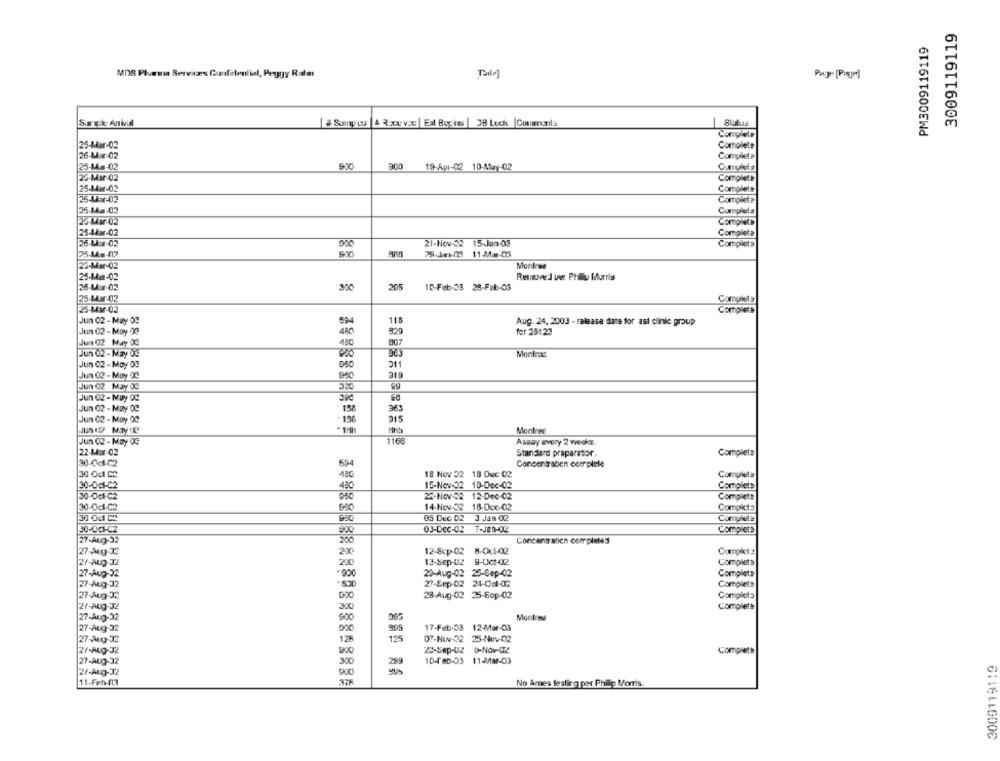
3009119119
PM3009119119
MDS Pluessa Serviræs Confidential, Peggy Ratm
Tale]
Surck: Arrival
Smpes |4 RxeVse| Ext Bogies | 38 Luck |Comments
Completo
25-Mar-02
Complete
26-Mar-02
Complete
25-M.a-02
900
800
19-Apr-02 10-May-02
20-Mar-02
Complete
25-Mar-02
Complete
25-Mar-02
Completa
25-Ma-02
Completa
20-Mar 02
Completo
25-Mar-02
Completo
26-Mor-02
21-Nov-32 15-Jan-03
Completa
25-Ms-017
ARR
79-bm-0 11-M =- 03
23-Mar-02
Montres
25-Mam-02
Rinsed per Philly Murriss
26-Mar-02
300
205
10-Feb-33 28-Feb-03
25-Mar-02
Completa
25-Mar-02
Completa
Jun 02 - May Og
59
118
Aug. 24, 2003 - release date for ast clinic group
Jun 02 -May 00
43C
329
fer 25129
Jun 02 May OG
007
Jun 02 -May De
Montraa
Jun 02 -May OF
Jun 02 -May OC
319
Jun 02 May 0℃
320
89
Jun 02 -May 0℃
Jun 02 - May OC
158
363
Jun 02 - May 00
215
196
Montree
Jun 02-May 0℃
888888888888
1168
Assay every 2 weakc.
Standard praparatior.
Complete
594
Concentratien complete
18 Nov 32 18 Duc 02
Completa
30-Oct-C2
43C
15-Nov-32 10-Dec-02
Complets
30-Oct-C2
24-Nov-02 12-Dec-02
Complete
30-0cl-C2
14-Nov-32 18-Dcc-02
05 Dec 02
3 Jan 02
Completa
30-CCI-C2
03-DEC-02
T-Jen-Og
Complete
27-Aug-32
200
Concentration completed
27-Aug-32
12-8cp-02 8-01-02
Cumplet2
27-Aug-32
200
13-Sep-02 9-Uct-02
Complete
27-Aug-32
900
20-Aug-02 25-Sep-02
Completa
27-Aug-32
27-Sep-02 24-001-02
Completa
27-Aug-32
28-Aug-02 25-Sop-02
Complot>
27-Aug-32
300
Completa
27-Aug-32
500
Montone
27-Aug-32
900
17-Feb-33 12-Mar-03
27-Au-32
128
07-Nwv-32
25-No:02
125
27-Aug-32
900
23-Sep-02 8-Nov-02
Complete
27-AUG-32
300
10-feb-03 11-4/ar-03
3009119119
2/-Aug-32
11-Feb-f1.3
No Ames testing per Philip Morris.